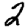
Digit: 2